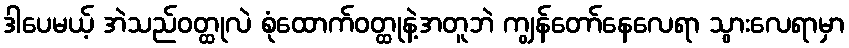
ဒါပေမယ့် အဲသည်ဝတ္ထုလဲ စုံထောက်ဝတ္ထုနဲ့အတူဘဲ ကျွန်တော်နေလေရာ သွားလေရာမှာ